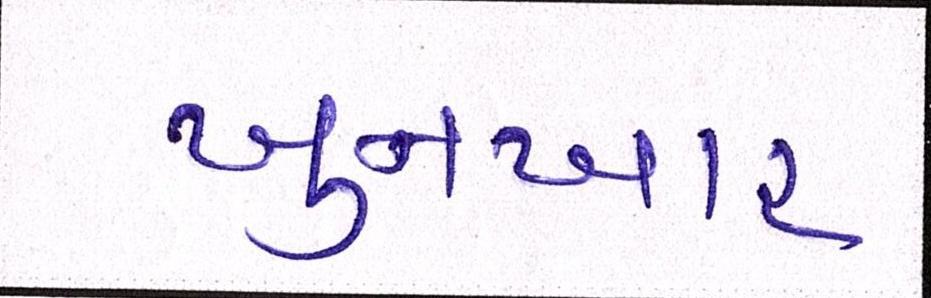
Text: ખુનખાર